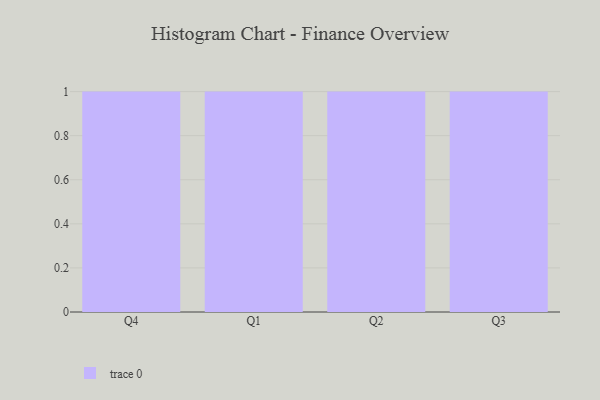
{"axis": {"x": "Quarter", "y": "Conversion Rate (%)"}, "legend": [""], "data": [{"x": "Q4", "y": 42, "type": ""}, {"x": "Q1", "y": 47, "type": ""}, {"x": "Q2", "y": 100, "type": ""}, {"x": "Q3", "y": 37, "type": ""}]}